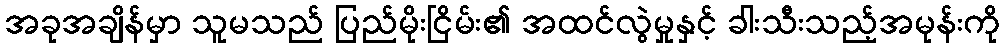
အခုအချိန်မှာ သူမသည် ပြည်မိုးငြိမ်း၏ အထင်လွဲမှုနှင့် ခါးသီးသည့်အမုန်းကို